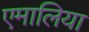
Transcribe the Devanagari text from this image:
एमालिया